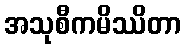
အသုစီကမိဿိတာ